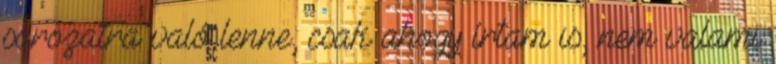
sorozatra való lenne, csak ahogy írtam is, nem valami